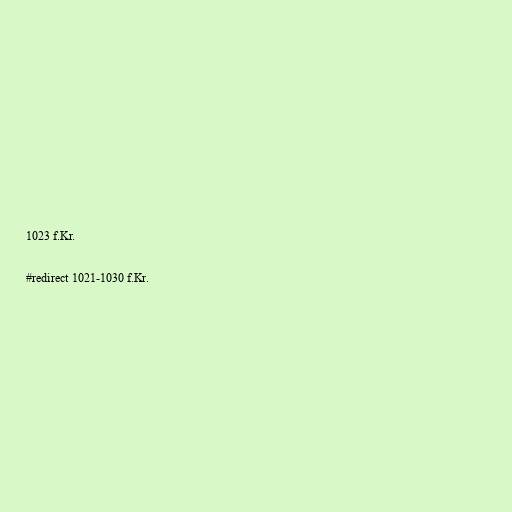
1023 f.Kr.

#redirect 1021-1030 f.Kr.